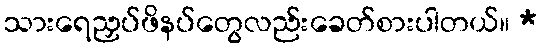
သားရေညှပ်ဖိနပ်တွေလည်းခေတ်စားပါတယ်။ *